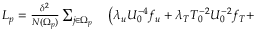
\begin{array} { r l } { L _ { p } = \frac { \delta ^ { 2 } } { N ( \Omega _ { p } ) } \sum _ { j \in \Omega _ { p } } } & { { } \left( \lambda _ { u } U _ { 0 } ^ { - 4 } f _ { u } + \lambda _ { T } T _ { 0 } ^ { - 2 } U _ { 0 } ^ { - 2 } f _ { T } + \right. } \end{array}